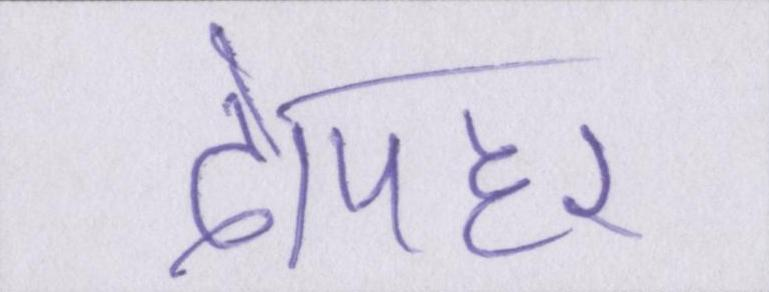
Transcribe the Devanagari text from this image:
दोपहर